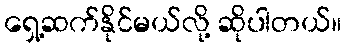
ရှေ့ဆက်နိုင်မယ်လို့ ဆိုပါတယ်။